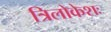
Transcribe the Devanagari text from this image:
त्रिलोकेशः